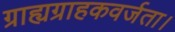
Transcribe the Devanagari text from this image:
ग्राह्यग्राहकवर्जता।